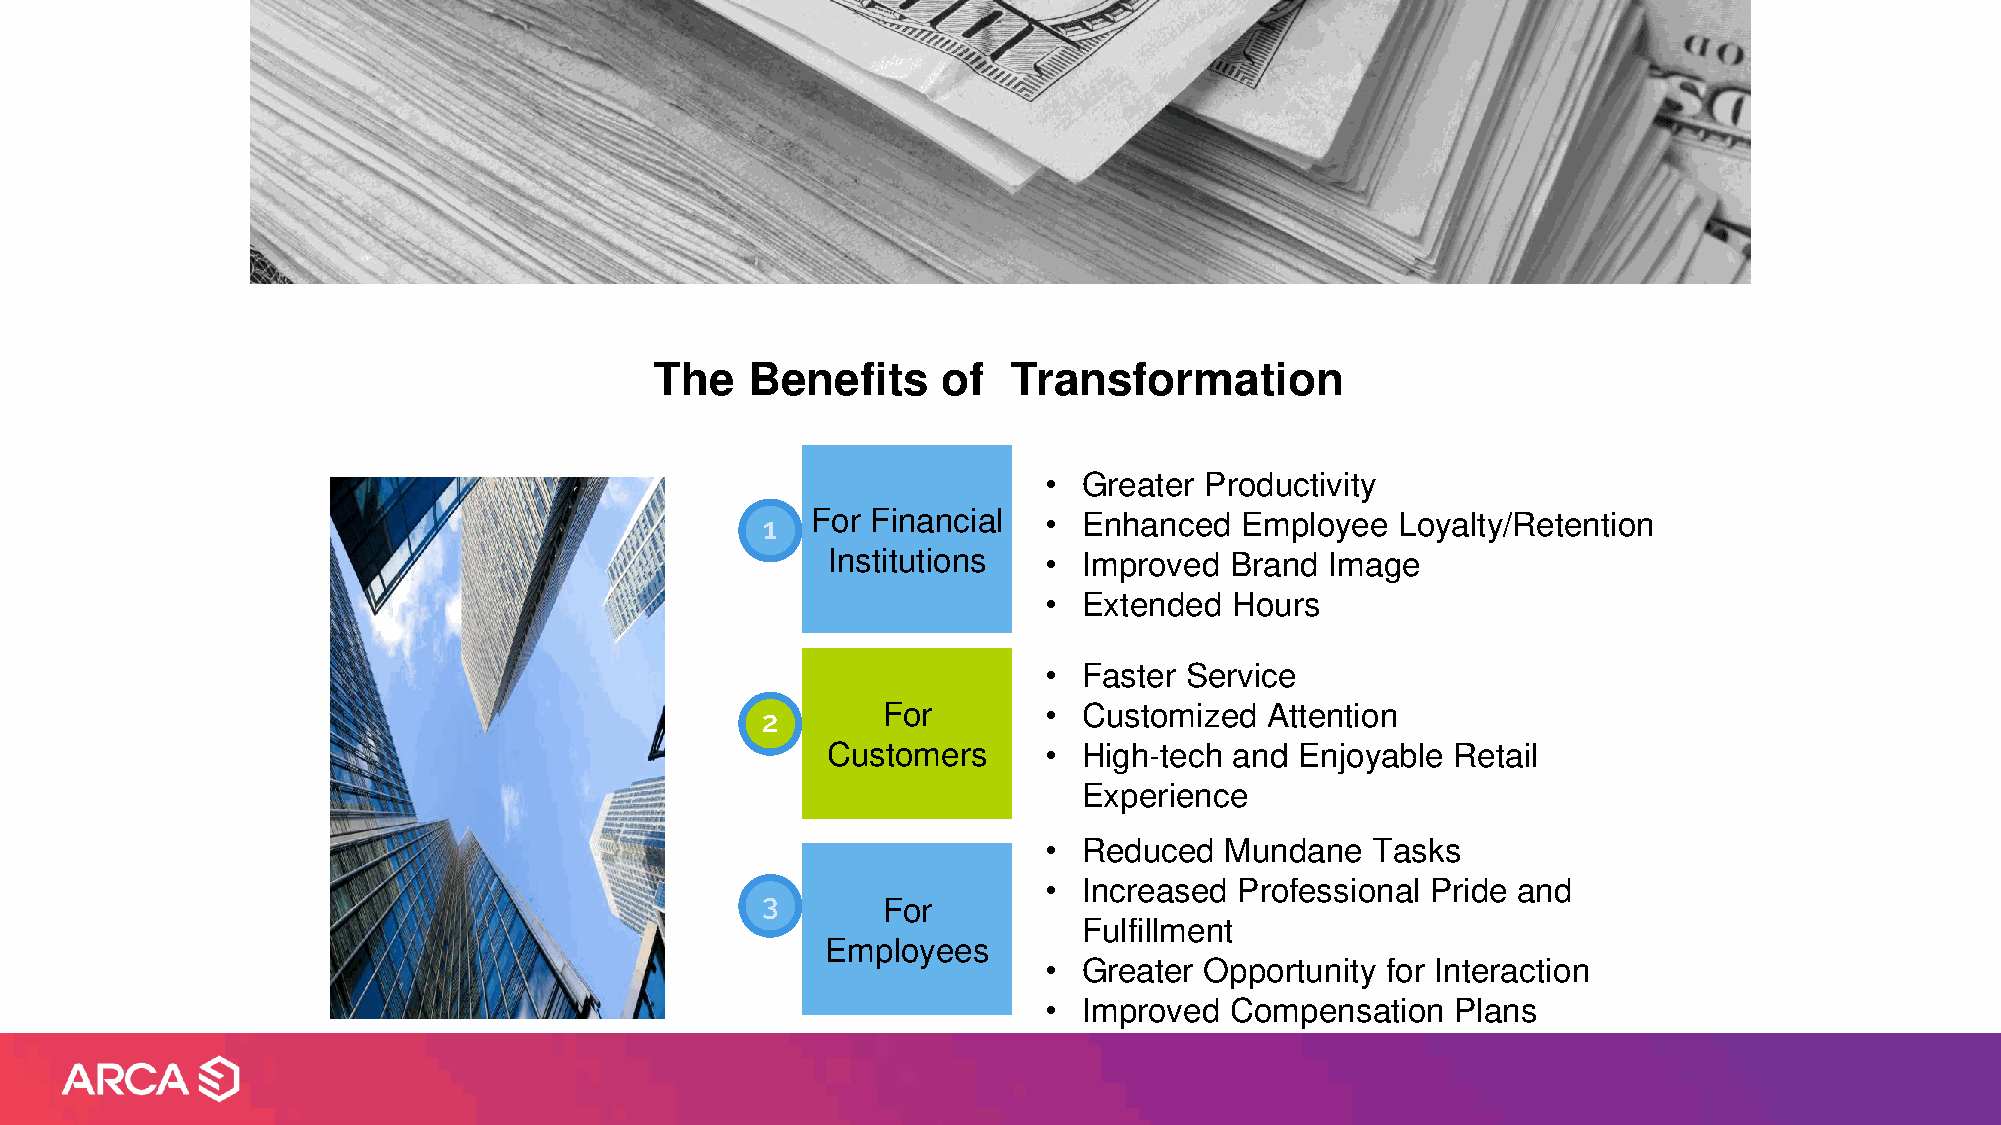
The   Benefits     of   Transformation
 •  Greater Productivity
 1  For Financial  •  Enhanced  Employee   Loyalty/Retention
 Institutions  •  Improved Brand  Image
 •  Extended  Hours
 •  Faster Service
 2       For        •  Customized  Attention
 Customers     •  High-tech and Enjoyable Retail
 Experience
 •  Reduced  Mundane   Tasks
 •  Increased Professional Pride and
 3
 For
 Fulfillment
 Employees
 •  Greater Opportunity for Interaction
 •  Improved Compensation   Plans